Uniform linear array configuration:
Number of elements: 24
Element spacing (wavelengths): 0.25
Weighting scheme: hamming
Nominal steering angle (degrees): -30
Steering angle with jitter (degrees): -29.283
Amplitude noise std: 0.05
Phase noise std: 0.05

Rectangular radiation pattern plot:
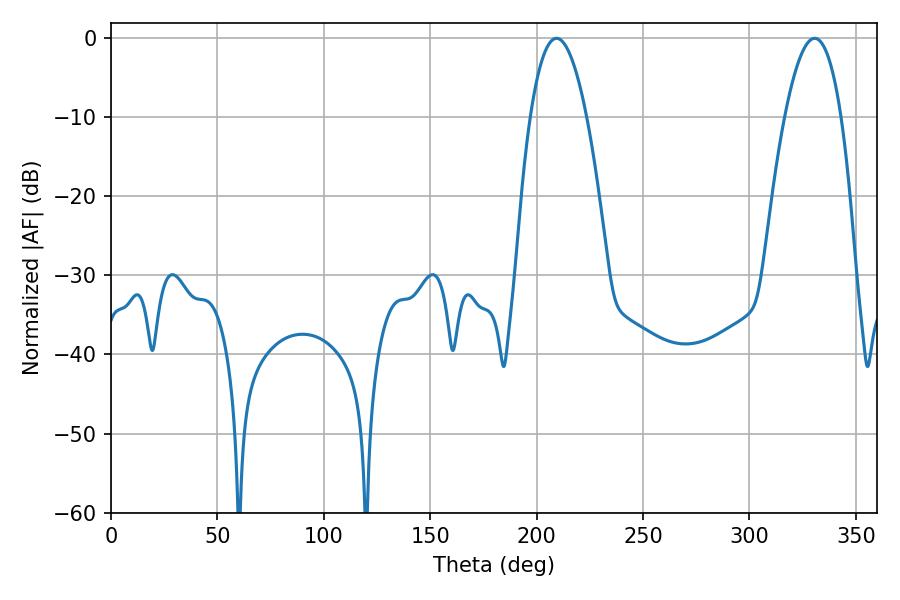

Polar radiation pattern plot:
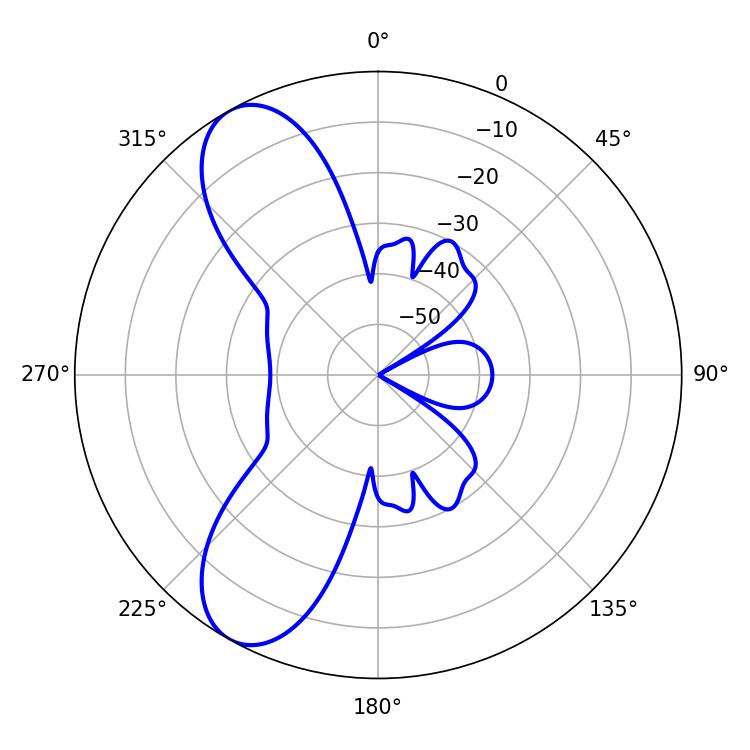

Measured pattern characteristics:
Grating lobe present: FALSE
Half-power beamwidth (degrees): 14.58
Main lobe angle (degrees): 209.34